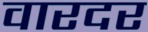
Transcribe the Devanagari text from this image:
वारदर